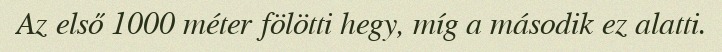
Az első 1000 méter fölötti hegy, míg a második ez alatti.